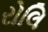
રોલિ